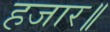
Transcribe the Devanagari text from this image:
हजार॥